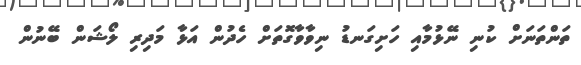
ތަންތަނަށް ކުނި ނޭޅުމާއި ހަށިގަނޑު ނިވާވާގޮތަށް ހެދުން އަޅާ މަދިރި ލޯޝަން ބޭނުން